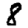
Digit: 8